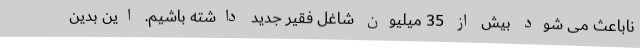
ناباعث می شود بیش از 35 میلیون شاغل فقیر جدید داشته باشیم. این بدین